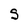
Character: S